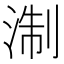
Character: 淛